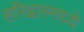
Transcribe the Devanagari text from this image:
हरिद्वारमध्ये